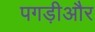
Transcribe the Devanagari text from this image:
पगड़ीऔर